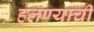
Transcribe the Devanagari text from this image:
हलण्याची